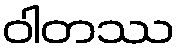
ဝါတဿ